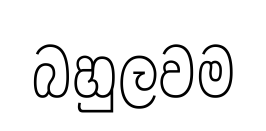
බහුලවම